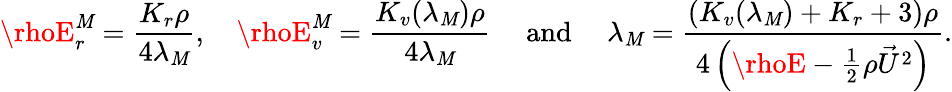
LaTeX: \rhoE_{r}^{\mathit{M}}=\frac{{K_{r}\rho}}{{4\lambda_{\mathit{M}}}},\quad\rhoE_{v}^{\mathit{M}}=\frac{{K_{v}(\lambda_{\mathit{M}})\rho}}{{4\lambda_{\mathit{M}}}}\quad{\mathrm{{~and~}}}\quad{\lambda_{\mathit{M}}}=\frac{{\left(K_{v}(\lambda_{\mathit{M}})+K_{r}+3\right)\rho}}{{4\left(\rhoE-\frac{{1}}{{2}}\rho{\vec{{U}}}^{2}\right)}}.